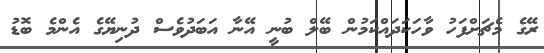
ރޭގެ މެޗަށްފަހު ވާހަކަދައްކަމުން ބޭލް ބުނީ އޭނާ އަބަދުވެސް ދުނިޔޭގެ އެންމެ ބޮޑު